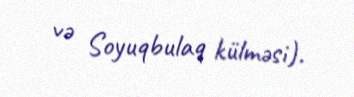
və Soyuqbulaq külməsi).